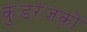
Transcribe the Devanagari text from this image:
कुंडरंजकों